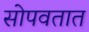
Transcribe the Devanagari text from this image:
सोपवतात